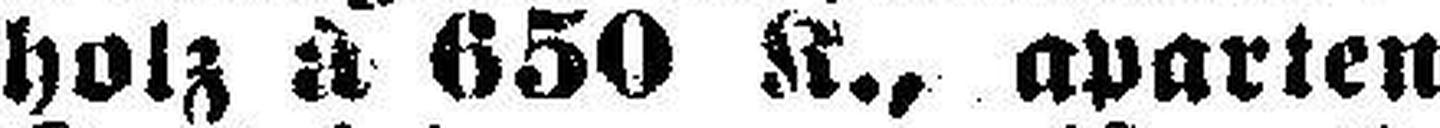
holz à 650 K., aparten